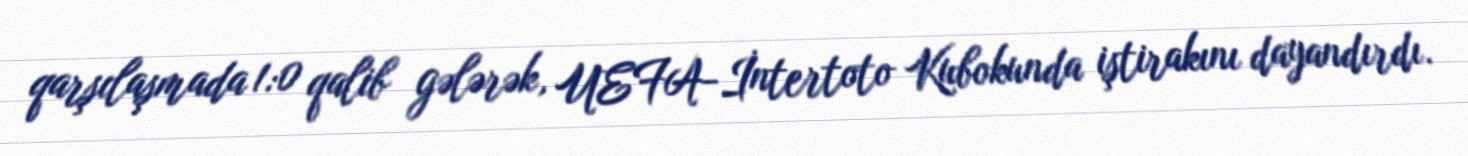
qarşılaşmada 1:0 qalib gələrək, UEFA-İntertoto Kubokunda iştirakını dayandırdı.